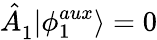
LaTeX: \hat{A}_{1}^{\phantom{\dagger}}|\phi_{1}^{aux}\rangle=0